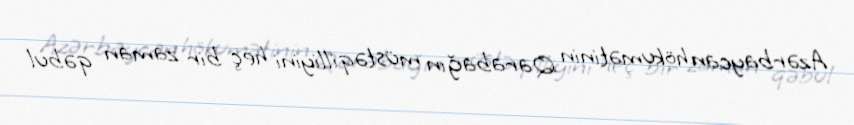
Azərbaycan hökumətinin Qarabağın müstəqilliyini heç bir zaman qəbul